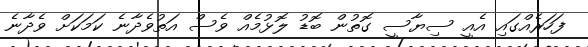
ފަހަރެއްގައި އެއީ ސިޔާސީ ގޮތުން ބޮޑު ލޮޅުމެއް ވެސް އަތުވެދާނެ ކަމަކަށް ވެދާނެ